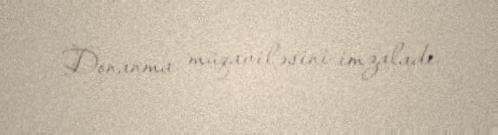
Donanma müqaviləsini imzaladı.